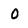
Character: 0